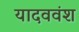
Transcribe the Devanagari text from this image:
यादववंश